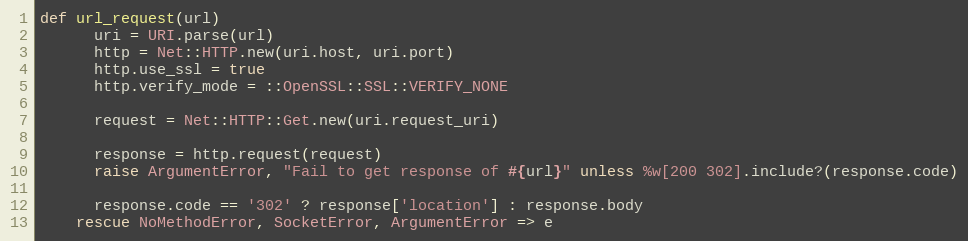
Language: Ruby
def url_request(url)
      uri = URI.parse(url)
      http = Net::HTTP.new(uri.host, uri.port)
      http.use_ssl = true
      http.verify_mode = ::OpenSSL::SSL::VERIFY_NONE

      request = Net::HTTP::Get.new(uri.request_uri)

      response = http.request(request)
      raise ArgumentError, "Fail to get response of #{url}" unless %w[200 302].include?(response.code)

      response.code == '302' ? response['location'] : response.body
    rescue NoMethodError, SocketError, ArgumentError => e